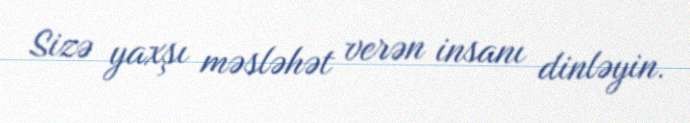
Sizə yaxşı məsləhət verən insanı dinləyin.